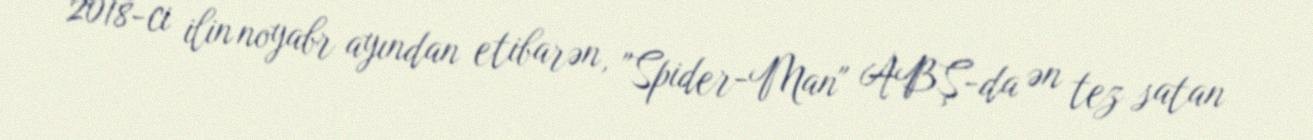
2018-ci ilin noyabr ayından etibarən, "Spider-Man" ABŞ-da ən tez satan